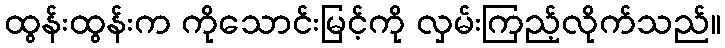
ထွန်းထွန်းက ကိုသောင်းမြင့်ကို လှမ်းကြည့်လိုက်သည်။